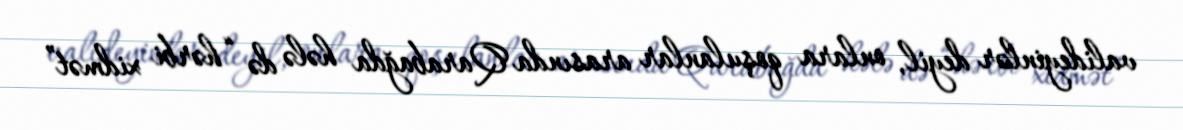
valideyinlər deyil, onlara qoşulanlar arasında Qarabağda hələ də “hərbi xidmət”